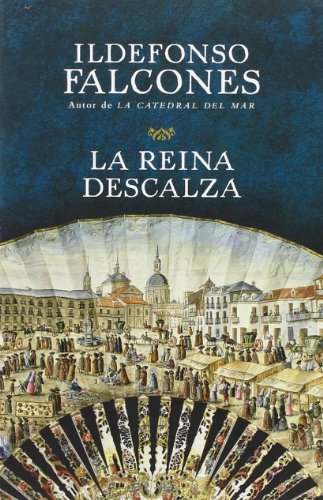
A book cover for La reina descalza (Spanish Edition); Ildefonso Falcones; Literature & Fiction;